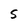
Character: S